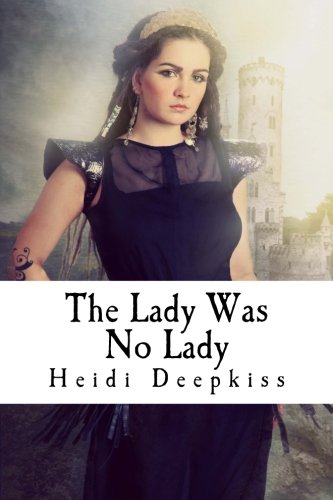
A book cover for The Lady Was No Lady; Heidi Deepkiss; Romance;